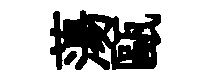
蕩甌